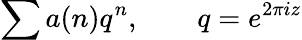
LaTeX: \sum a(n)q^{n},\qquad q=e^{2\pi iz}